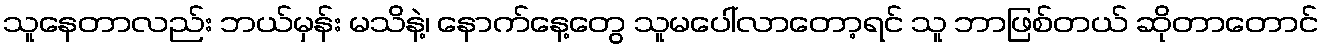
သူနေတာလည်း ဘယ်မှန်း မသိနဲ့၊ နောက်နေ့တွေ သူမပေါ်လာတော့ရင် သူ ဘာဖြစ်တယ် ဆိုတာတောင်